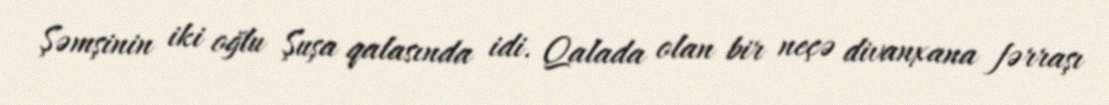
Şəmşinin iki oğlu Şuşa qalasında idi. Qalada olan bir neçə divanxana fərraşı